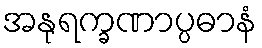
အနုရက္ခဏာပ္ပဓာနံ